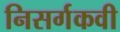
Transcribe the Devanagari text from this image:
निसर्गकवी